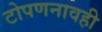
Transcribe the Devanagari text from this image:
टोपणनावही